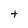
Character: t